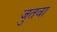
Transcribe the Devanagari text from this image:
जुतवा